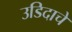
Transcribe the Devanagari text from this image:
उडिदाचे